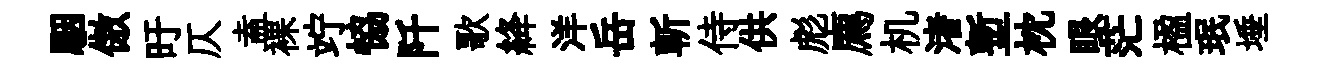
駰傲旴仄盍裸竚恊阡歌絳洋岳斬侍供彪廌机渚塹枕眼茫楹珉埵